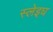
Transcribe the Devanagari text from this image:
स्लेइघ